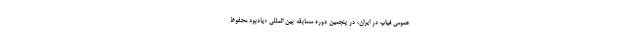
عمومی فیاپ در ایران، در پنجمین دوره مسابقه بین المللی «یادبود محفوظ